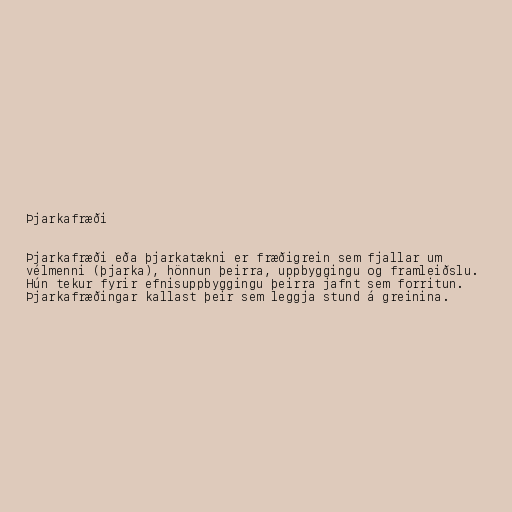
Þjarkafræði

Þjarkafræði eða þjarkatækni er fræðigrein sem fjallar um
vélmenni (þjarka), hönnun þeirra, uppbyggingu og framleiðslu.
Hún tekur fyrir efnisuppbyggingu þeirra jafnt sem forritun.
Þjarkafræðingar kallast þeir sem leggja stund á greinina.